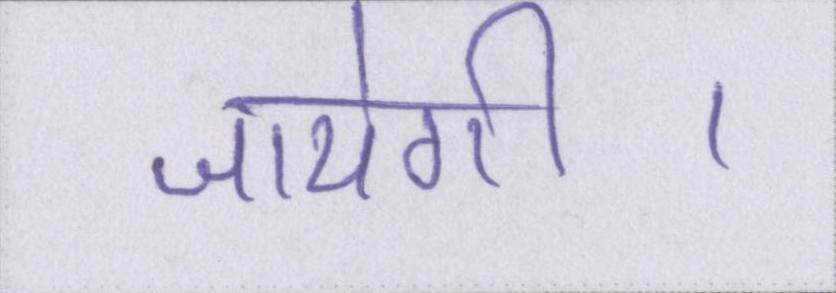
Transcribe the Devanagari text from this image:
जायेगी।